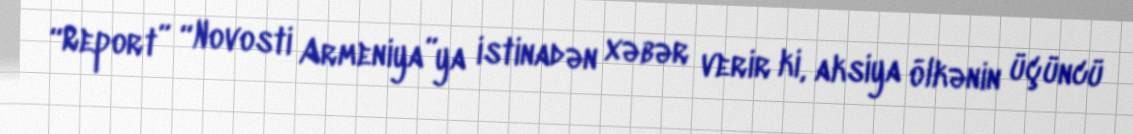
“Report” “Novosti Armeniya”ya istinadən xəbər verir ki, aksiya ölkənin üçüncü